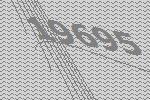
19695